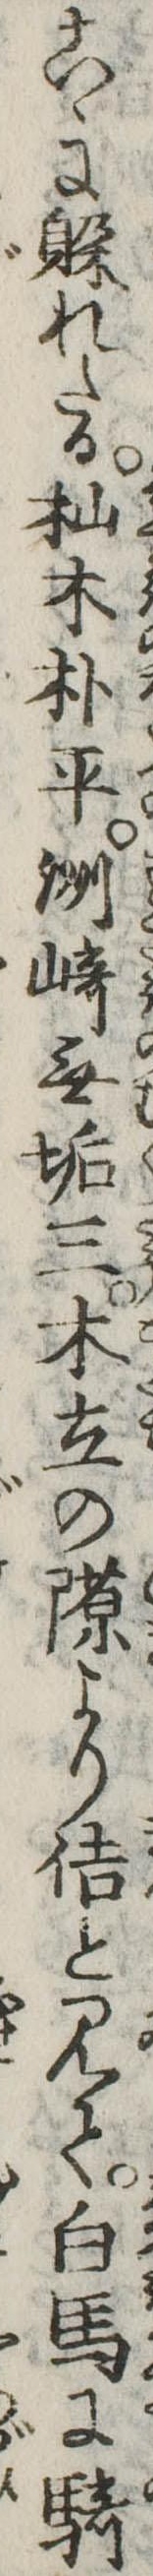
こゝに躱れたる杣木朴平洲崎無垢三木立のより佶と見て白馬に騎